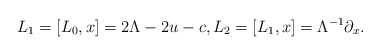
\begin{align*}L_1=[L_0,x]=2\Lambda-2u-c,L_2=[L_1,x]=\Lambda^{-1}\partial_x.\end{align*}